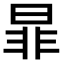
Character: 暃